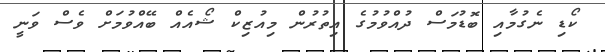
ކޯޑި ނެގުމާއި ބޮޑުމަސް ދުއްވުމުގެ އިތުރުން މިއުޒިކް ޝޯއެއް ބޭއްވުމަށް ވެސް ވަނީ